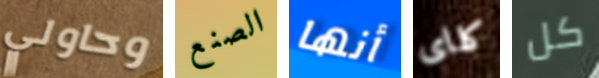
وحاولي الصنع أنها كلاى كل